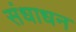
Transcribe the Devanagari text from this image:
संधाधन